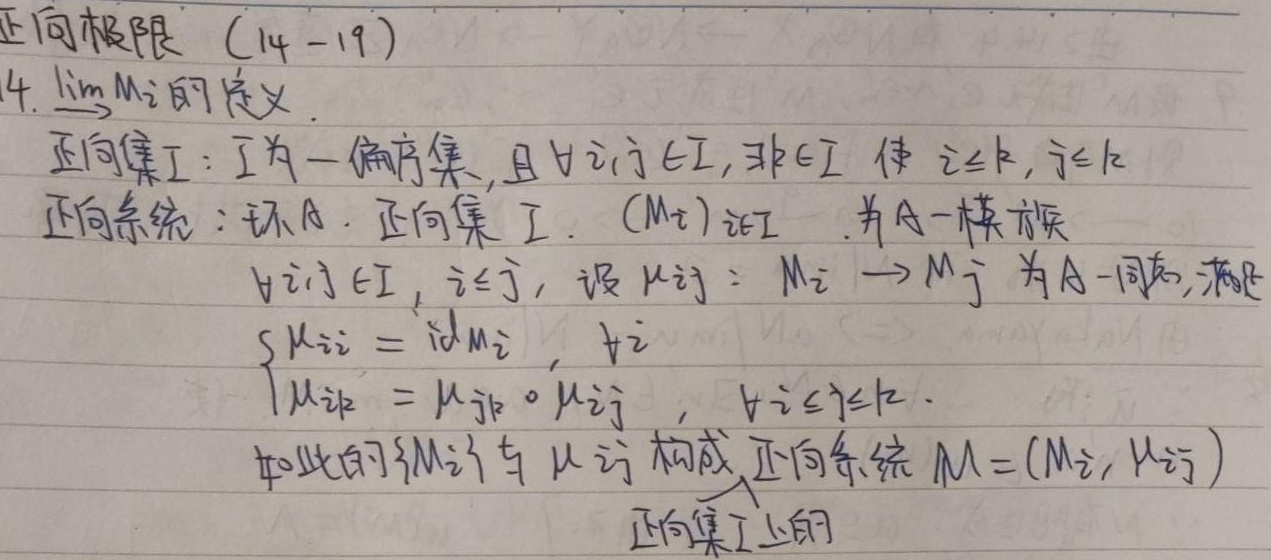
正向极限（14 - 19）
14. \(\lim M_i\)的定义.
正向集\(I\)：\(I\)为一偏序集，且\(\forall i,j \in I\)，\(\exists k \in I\) 使 \(i\leq k\)，\(j\leq k\)
正向系统：环\(A\)，正向集 \(I\)，\((M_i)_{i\in I}\) 为\(A -\)模族
\(\forall i,j \in I\)，\(i\leq j\)，设 \(\mu_{ij}: M_i \to M_j\) 为\(A -\)同态，满足
\[
\begin{cases}
\mu_{ii} = \text{id}_{M_i}，\forall i\\
\mu_{ik} = \mu_{jk} \circ \mu_{ij}，\forall i\leq j\leq k
\end{cases}
\]
如此的\(\{M_i\}\)与 \(\mu_{ij}\) 构成正向系统 \(M = (M_i, \mu_{ij})\)
正向集\(I\)上的